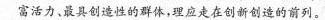
富活力，最具创造性的群体，理应走在创新创造的前列。